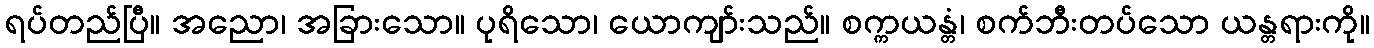
ရပ်တည်ပြီ။ အညော၊ အခြားသော။ ပုရိသော၊ ယောကျာ်းသည်။ စက္ကယန္တံ၊ စက်ဘီးတပ်သော ယန္တရားကို။